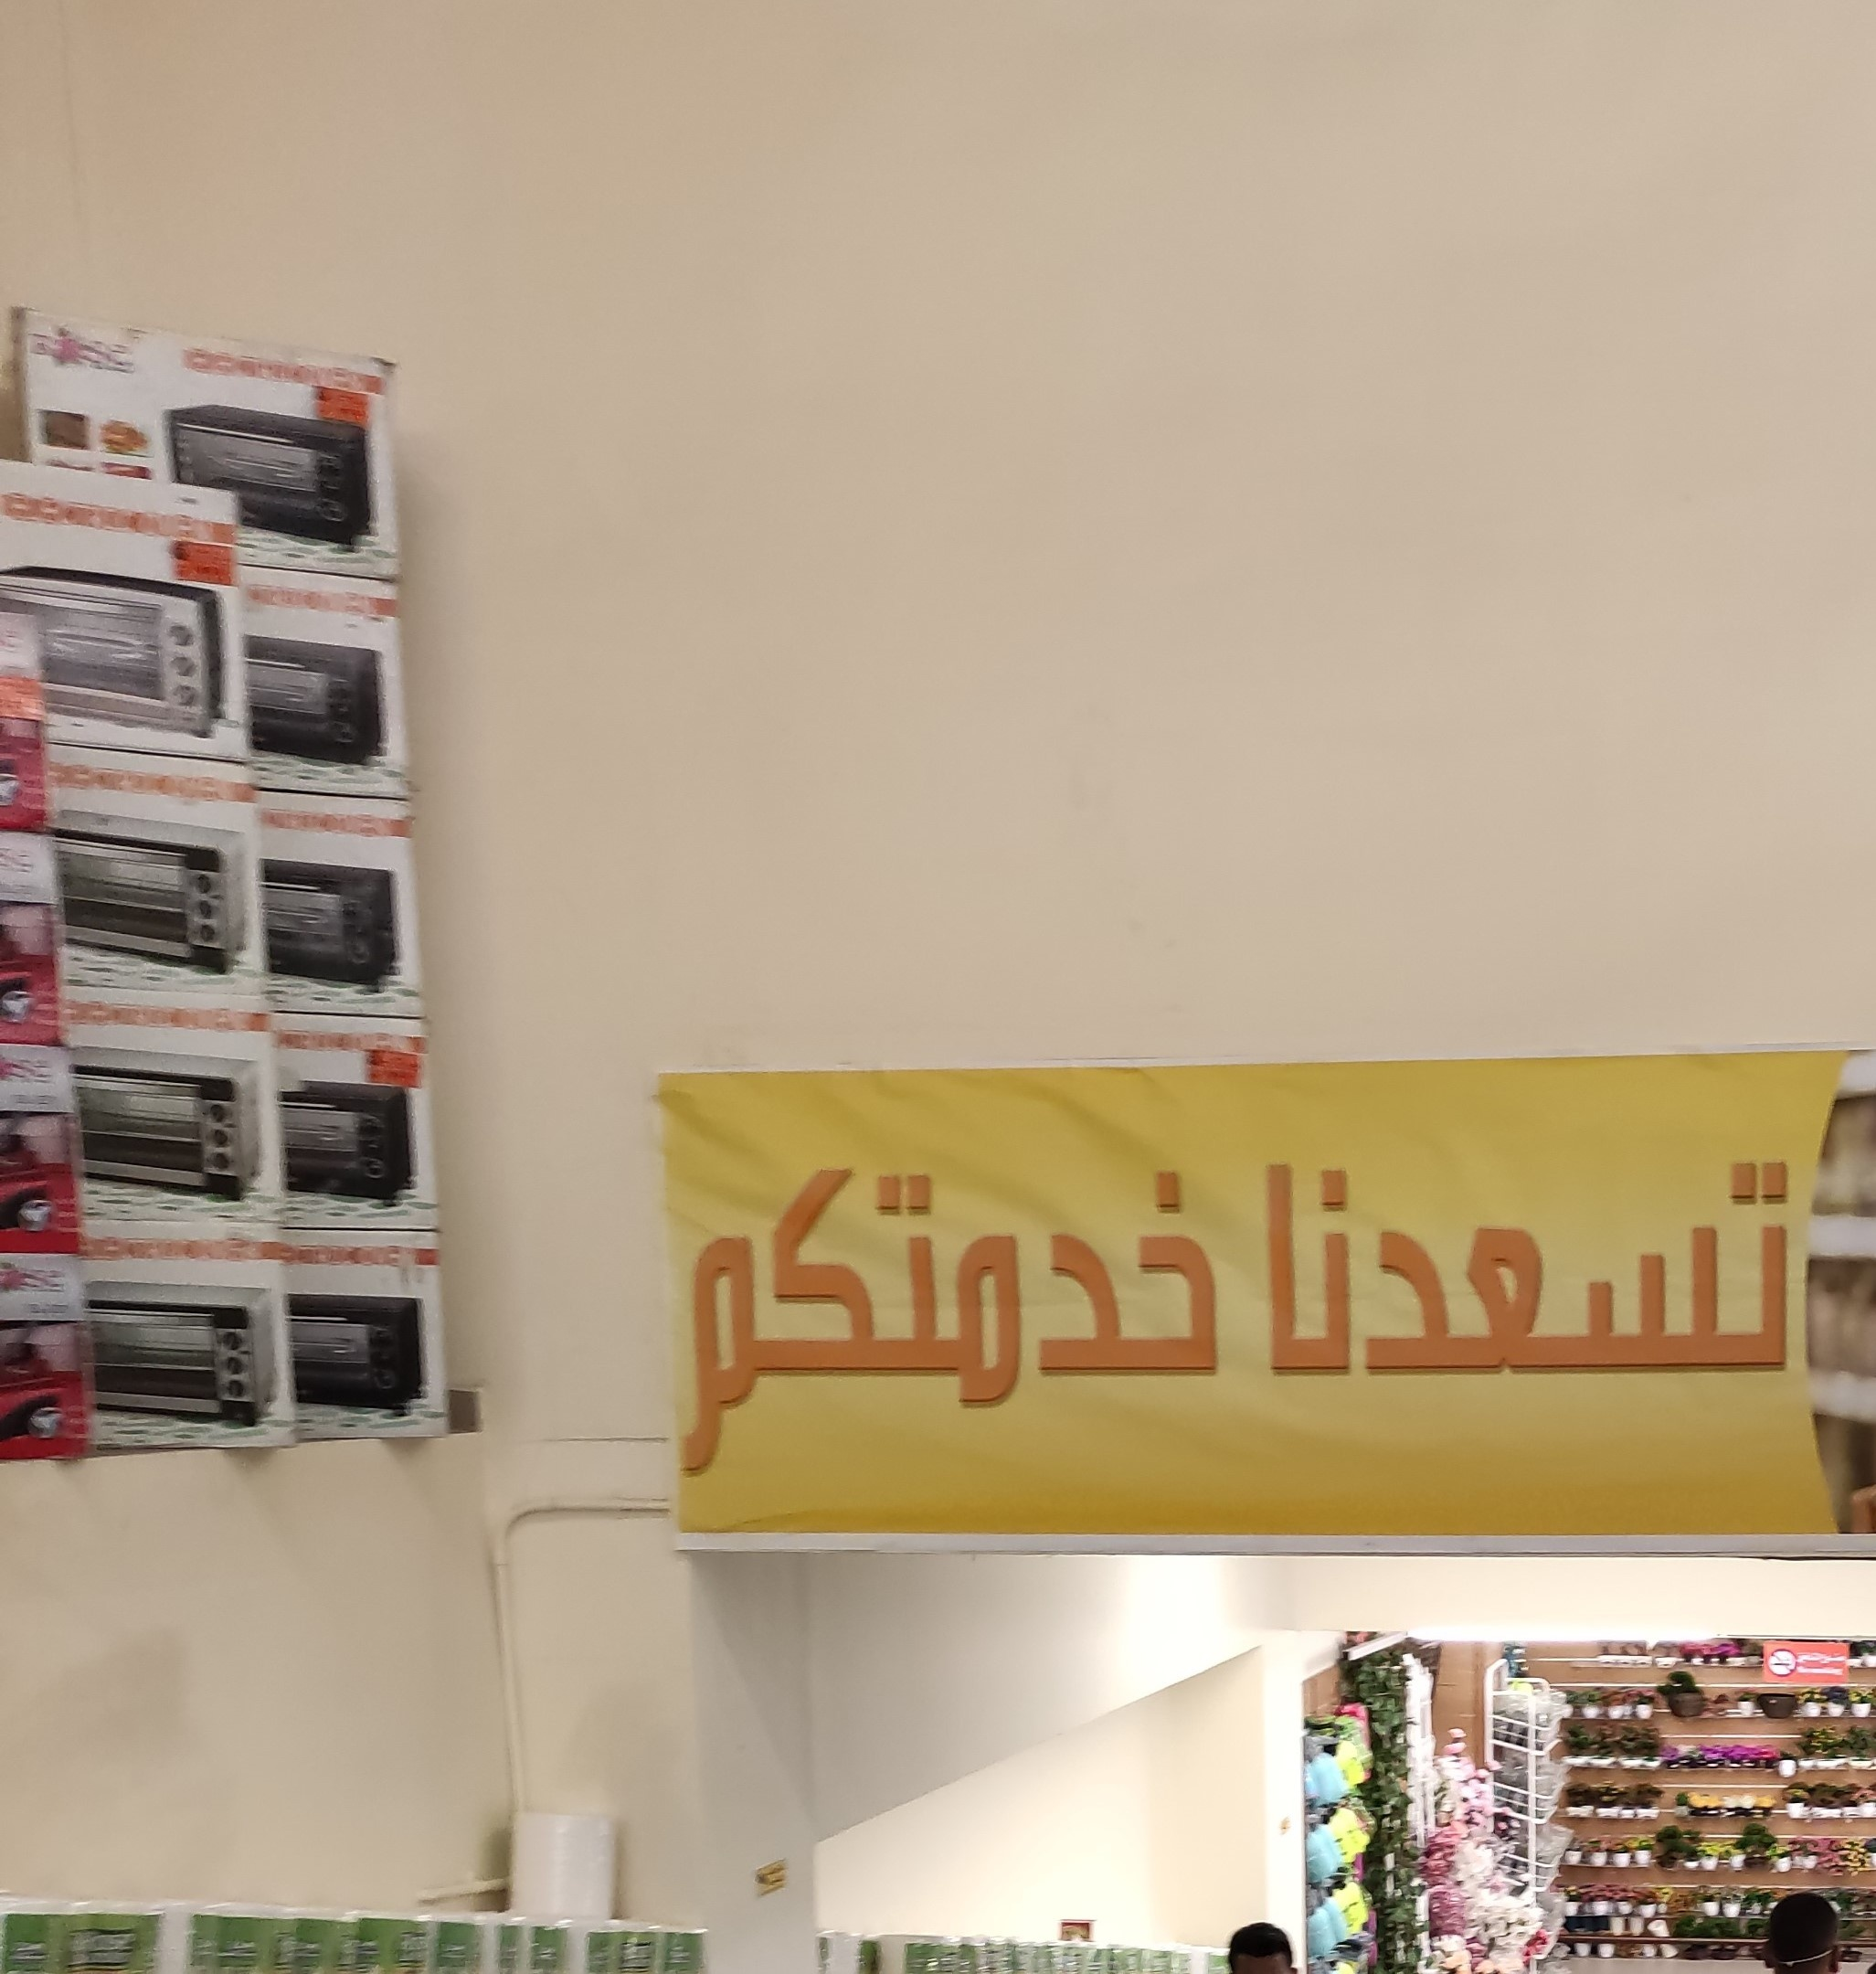
Text in image: تسعدنا خدمتكم